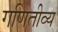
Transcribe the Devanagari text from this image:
गणितीव्य